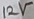
Text: 12V